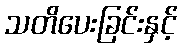
သတိပေးခြင်းနှင့်